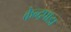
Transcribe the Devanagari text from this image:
केन्द्रपाडा